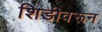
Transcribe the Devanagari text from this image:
शिडीवरून